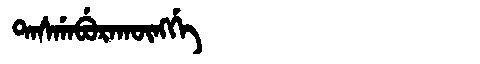
Manchu: ᡨᠠᠰᡤᠠᠪᡠᡵᠠᡴᡡᠩᡤᡝ
Romanization: TASGABURAKŪNGGE